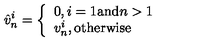
\hat { v } _ { n } ^ { i } = \left\{ \begin{array} { l } { 0 , i = 1 \mathrm { a n d } n > 1 } \\ { v _ { n } ^ { i } , \mathrm { o t h e r w i s e } } \\ \end{array} \right.